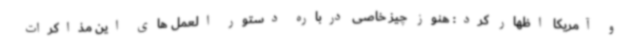
و آمریکا اظهار کرد: هنوز چیز خاصی درباره دستور العمل های این مذاکرات